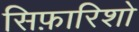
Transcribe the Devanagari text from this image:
सिफ़ारिशो